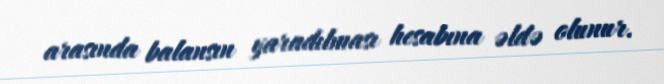
arasında balansın yaradılması hesabına əldə olunur.